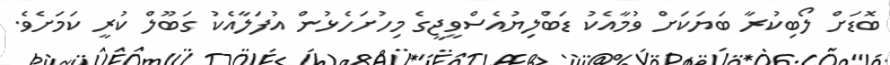
ބޮޑަށް ލޯބިކުރާ ބަޔަކަށް ވުމާއެކު ޑަބްލިޔުއެސްވީޖީގެ މިހުށަހެޅުން އުފަލާއެކު ގަބޫލް ކުރީ ކަމަށެވެ.